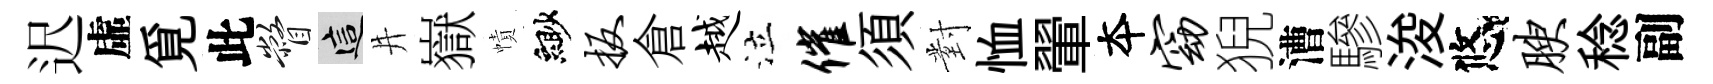
迟虛覓此瞥這井嶽幘緲扳倉越泣催須對恤翬夲窈猊漕驂浚悠腴稔副